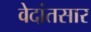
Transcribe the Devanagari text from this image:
वेदांतसार